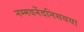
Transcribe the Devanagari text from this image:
नम्मवनेंदनिसयया